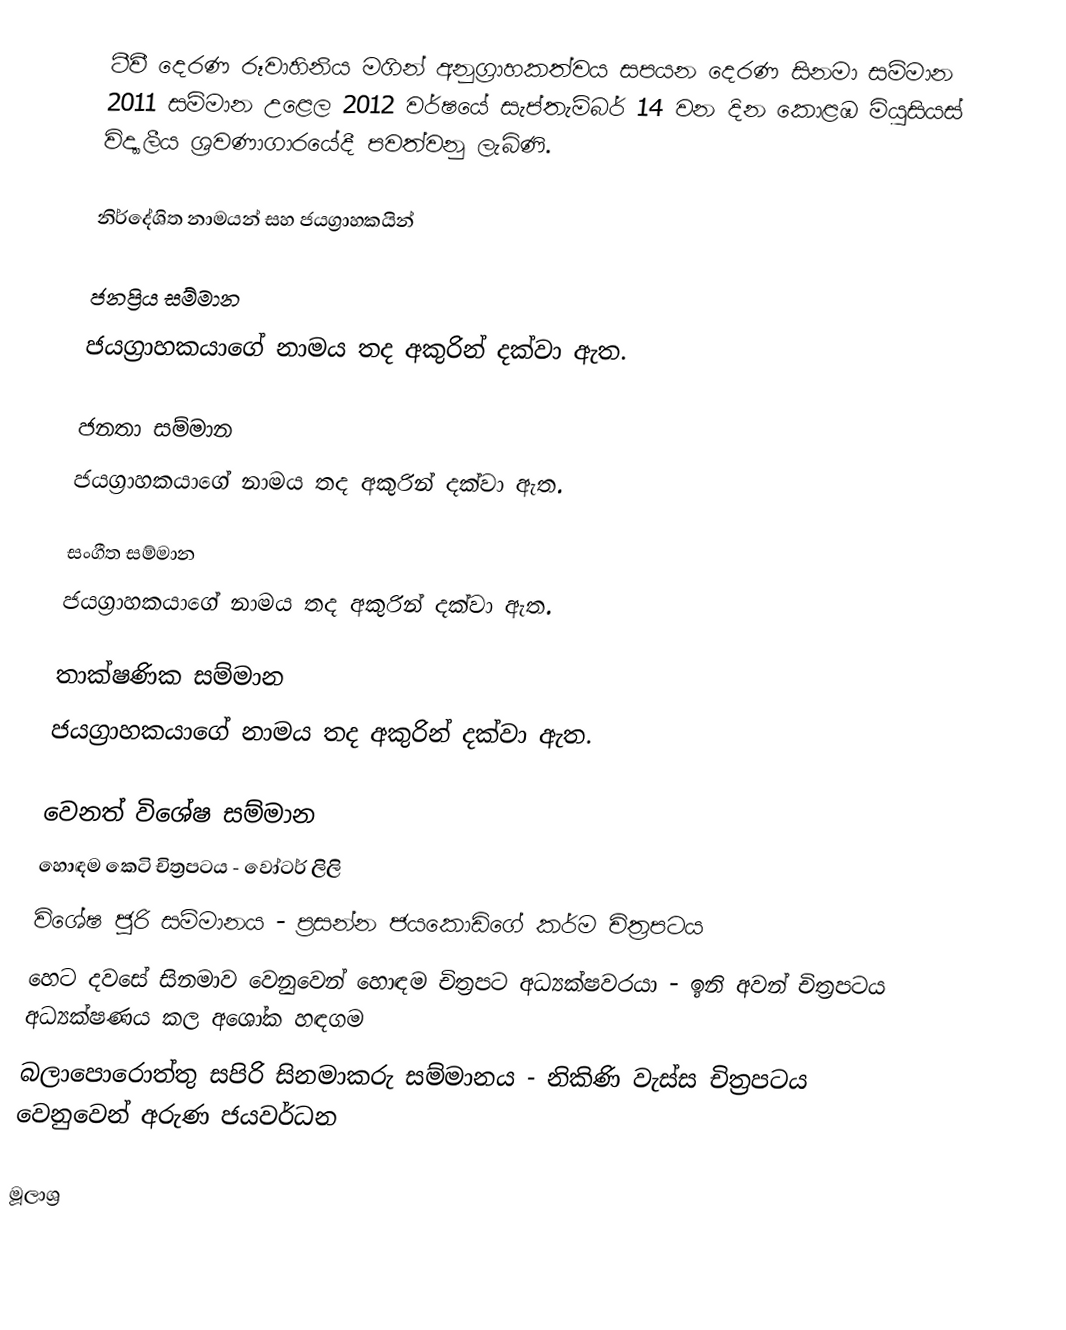
ටීවී දෙරණ රූවාහිනිය මගින් අනුග්‍රාහකත්වය සපයන දෙරණ සිනමා සම්මාන 2011 සම්මාන උළෙල 2012 වර්ෂයේ සැප්තැම්බර් 14 වන දින කොළඹ මියුසියස් විද්‍යාලීය ශ්‍රවණාගාරයේදී පවත්වනු ලැබිණි.

නිර්දේශිත නාමයන් සහ ජයග්‍රාහකයින්

ජනප්‍රිය සම්මාන
ජයග්‍රාහකයාගේ නාමය තද අකුරින් දක්වා ඇත.

ජනතා සම්මාන
ජයග්‍රාහකයාගේ නාමය තද අකුරින් දක්වා ඇත.

සංගීත සම්මාන
ජයග්‍රාහකයාගේ නාමය තද අකුරින් දක්වා ඇත.

තාක්ෂණික සම්මාන
ජයග්‍රාහකයාගේ නාමය තද අකුරින් දක්වා ඇත.

වෙනත් විශේෂ සම්මාන
හොඳම කෙටි චිත්‍රපටය - වෝටර් ලිලි
විශේෂ ජූරි සම්මානය - ප්‍රසන්න ජයකොඩිගේ කර්ම චිත්‍රපටය
හෙට දවසේ සිනමාව වෙනුවෙන් හොඳම චිත්‍රපට අධ්‍යක්ෂවරයා - ඉනි අවන් චිත්‍රපටය අධ්‍යක්ෂණය කල අශෝක හඳගම
බලාපොරොත්තු සපිරි සිනමාකරු සම්මානය - නිකිණි වැස්ස චිත්‍රපටය වෙනුවෙන් අරුණ ජයවර්ධන

මූලාශ්‍ර